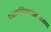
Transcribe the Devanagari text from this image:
प्रश्नचिन्हासारखा